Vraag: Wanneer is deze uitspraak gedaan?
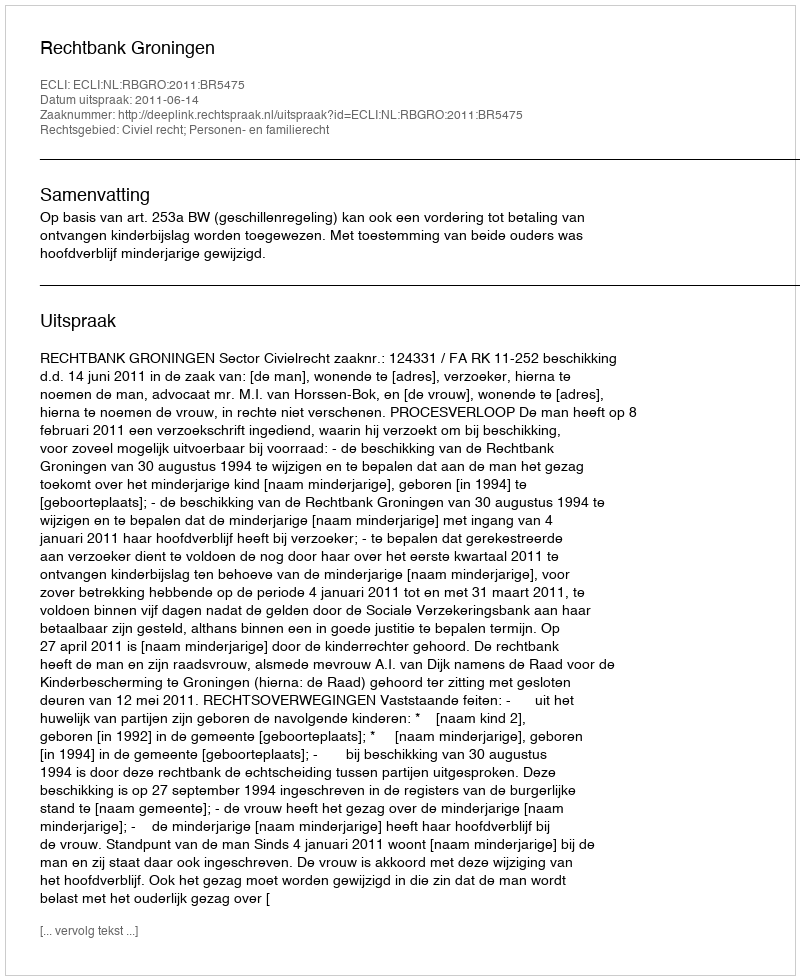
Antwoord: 2011-06-14